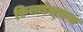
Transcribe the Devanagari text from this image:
फ़िलाडेल्फ़स